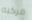
مركبه